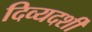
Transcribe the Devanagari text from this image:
दिव्‍यदर्शी